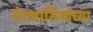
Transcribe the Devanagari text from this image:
देशवासियांच्या